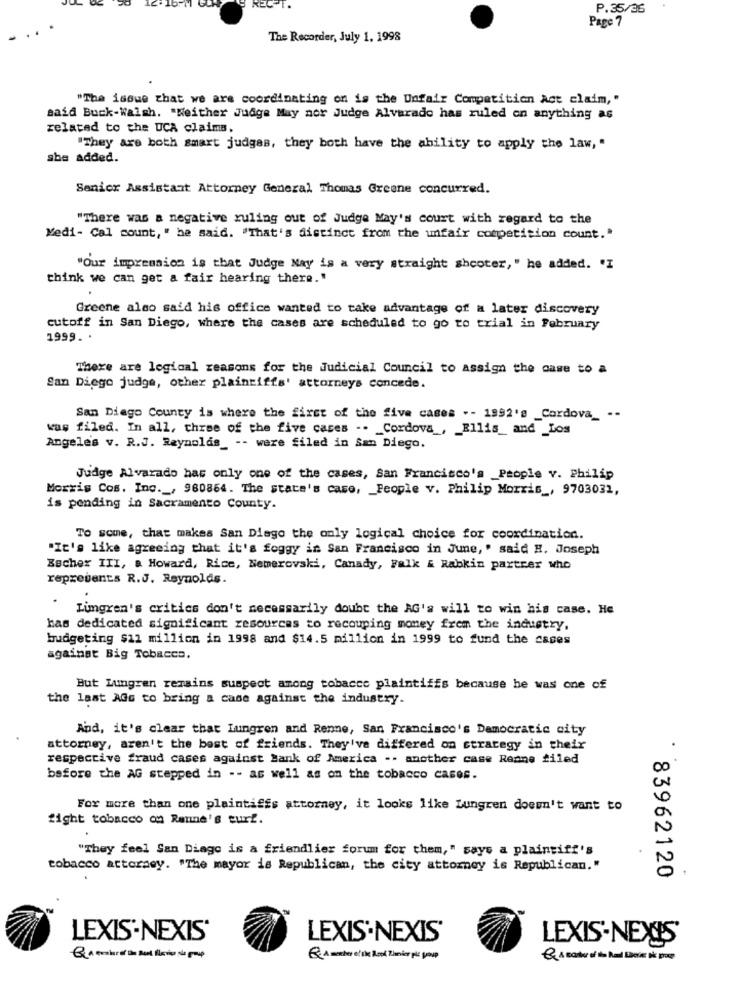
P.35/36
Page 7
The Recorder, July 1. 1998
"The issue that we are coordinating on is the Unfair Competition Act claim,"
said Buck-Walsh. "Neither Judge May nor Judge Alvarado has ruled on anything as
related to the UCA claims.
"They are both smart judges, they both have the ability to apply the law, "
she added.
Senior Assistant Attorney General Thomas Greene concurred.
"There was a negative ruling out of Judge May's court with regard to the
Medi- Cal count, " he said. "That's distinct from the unfair competition count."
"Our impression is that Judge Nay is a very straight shooter," he added. "I
think we can get a fair hearing there."
Greene also said his office wanted to take advantage of a later discovery
cutoff in San Diego, where the cases are scheduled to go to trial in February
1999. .
There are logical reasons for the Judicial Council to assign the case to a
San Diego judge, other plaintiffs' attorneys concede.
San Diego County is where the first of the five cases .- 1992's _Cordova_ --
was filed. In all, three of the five cases -. _ Cordova _, _ Ellis_and _Los
Angeles v. R.J. Reynolds_ -- were filed in San Diego.
Judge Alvarado has only one of the cases, San Francisco's _People v. Philip
Morris Cos. Inc. , 980864. The state's case, _ People v. Philip Morris _, 9703031,
is pending in Sacramento County.
To some, that makes San Diego the only logical choice for coordination.
"It's like agreeing that it's foggy in San Francisco in June, ' said H. Joseph
Becher III, a Howard, Rice, Nemerovski, Canady, Falk & Rabkin partrer who
represents R.J. Reynolds.
.
Limgren's critics don't necessarily doubt the AG's will to win his case. He
has dedicated significant resources to recouping money from the industry,
budgeting $11 million in 1998 and $14.5 million in 1999 to fund the cases
against Big Tobacco.
But Lungren remains suspect among tobacco plaintiffs because he was one of
the last AGo to bring a case against the industry.
And, it's clear that Lungren and Renne, San Francisco's Democratic city
attorney, aren't the best of friends. They've differed on strategy in their
respective fraud cases against Bank of America -. another case Regne filed
before the AG stepped in -- as well as on the tobacco cases.
For more than one plaintiffs attorney, it looks like Lungren doesn't want to
fight tobacco on Renne's eurf.
"They feel San Diego is a friendlier forum for them," says a plaintiff's
tobacco attorney. "The mayor is Republican, the city attorney is Republican."
` 83962120
LEXIS-NEXIS'
LEXIS'NEXIS'
LEXIS-NEXIS'
Q A meter el the Book Tanio plc group